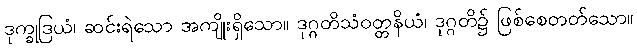
ဒုက္ခုဒြယံ၊ ဆင်းရဲသော အကျိုးရှိသော။ ဒုဂ္ဂတိသံဝတ္တနိယံ၊ ဒုဂ္ဂတိ၌ ဖြစ်စေတတ်သော။